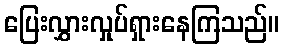
ပြေးလွှားလှုပ်ရှားနေကြသည်။